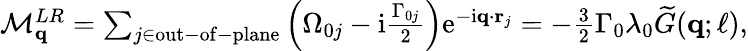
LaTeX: \begin{array}{r}{\mathcal{M}_{\mathbf{q}}^{LR}=\sum_{j\in\mathrm{out-of-plane}}\left(\Omega_{0j}-\mathrm{i}\frac{\Gamma_{0j}}{2}\right)\mathrm{e}^{-\mathrm{i}\mathbf{q}\cdot\mathbf{r}_{j}}=-\frac{3}{2}\Gamma_{0}\lambda_{0}\widetilde G(\mathbf{q};\ell),}\end{array}